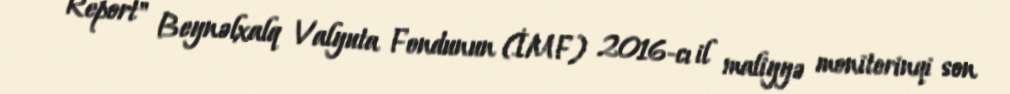
Report" Beynəlxalq Valyuta Fondunun (İMF) 2016-cı il maliyyə monitorinqi son